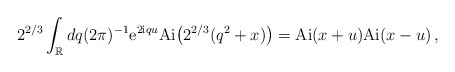
\begin{align*} 2^{2/3} \int_\mathbb{R}dq(2\pi)^{-1} \mathrm{e}^{2\mathrm{i}q u} \mathrm{Ai} \big(2^{2/3}(q^2+x)\big) = \mathrm{Ai}(x+u) \mathrm{Ai}(x-u) \,, \end{align*}